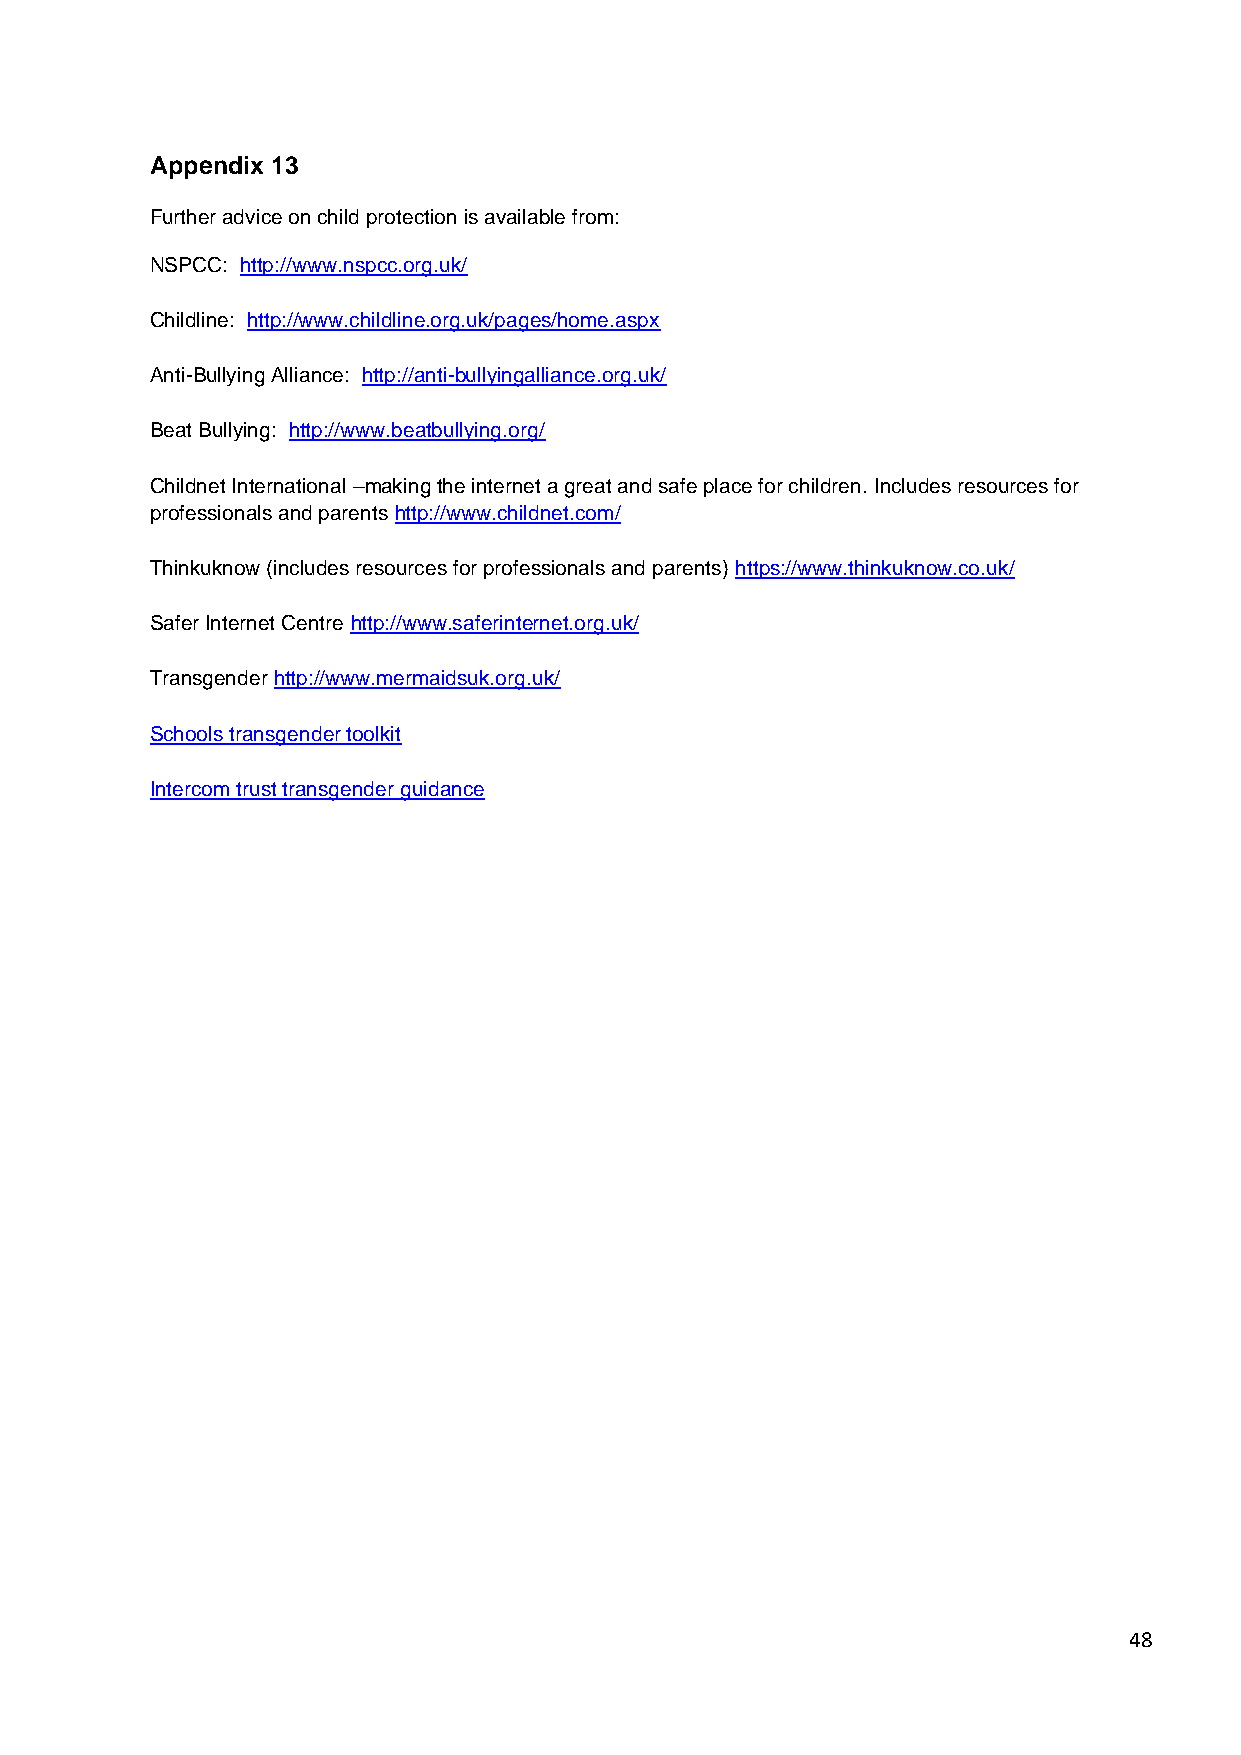
Appendix 13
 Further advice on child protection is available from:
 NSPCC: http://www.nspcc.org.uk/
 Childline: http://www.childline.org.uk/pages/home.aspx
 Anti-Bullying Alliance: http://anti-bullyingalliance.org.uk/
 Beat Bullying: http://www.beatbullying.org/
 Childnet International –making the internet a great and safe place for children. Includes resources for
 professionals and parents http://www.childnet.com/
 Thinkuknow (includes resources for professionals and parents) https://www.thinkuknow.co.uk/
 Safer Internet Centre http://www.saferinternet.org.uk/
 Transgender http://www.mermaidsuk.org.uk/
 Schools transgender toolkit
 Intercom trust transgender guidance
 48